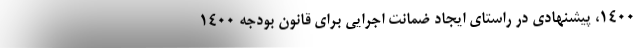
۱۴۰۰، پیشنهادی در راستای ایجاد ضمانت اجرایی برای قانون بودجه ۱۴۰۰